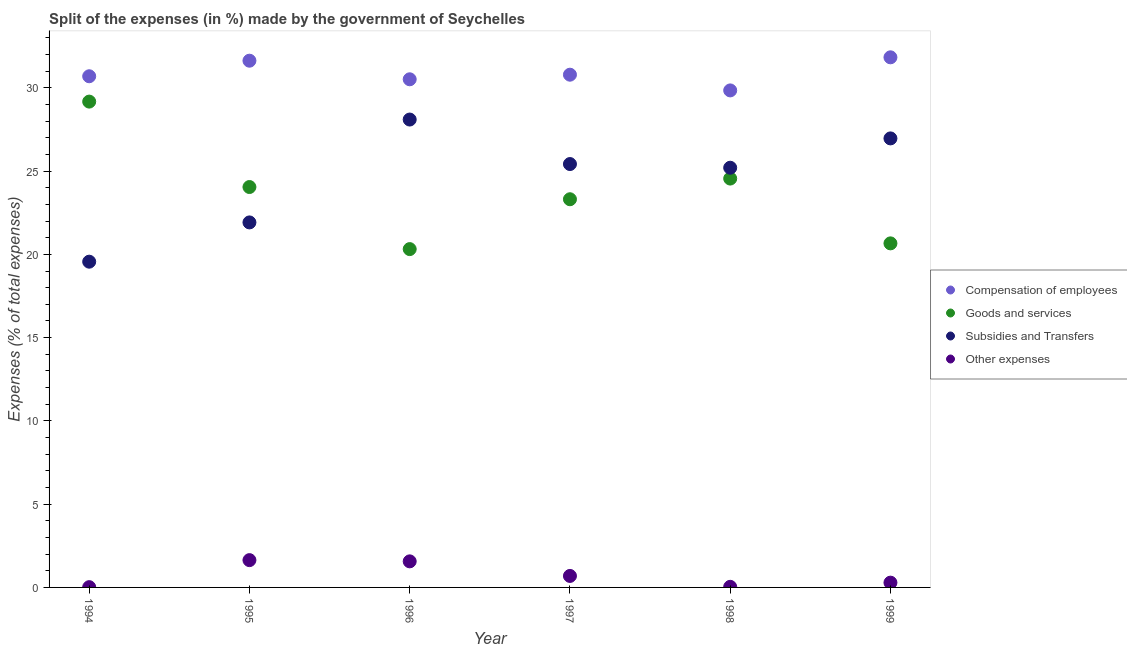
| Year | Compensation of employees | Goods and services | Subsidies and Transfers | Other expenses |
 | --- | --- | --- | --- | --- |
 | 1994 | 30.7 | 29.2 | 19.6 | 0.0166 |
 | 1995 | 31.6 | 24 | 21.9 | 1.64 |
 | 1996 | 30.5 | 20.3 | 28.1 | 1.57 |
 | 1997 | 30.8 | 23.3 | 25.4 | 0.69 |
 | 1998 | 29.8 | 24.6 | 25.2 | 0.036 |
 | 1999 | 31.8 | 20.7 | 27 | 0.287 |